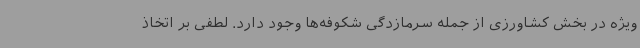
ویژه در بخش کشاورزی از جمله سرمازدگی شکوفه‌ها وجود دارد. لطفی بر اتخاذ